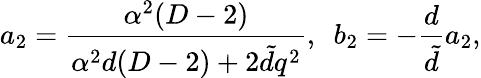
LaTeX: a_{2}=\frac{\alpha^{2}(D-2)}{\alpha^{2}d(D-2)+2\tilde{d}q^{2}},~~b_{2}=-\frac{d}{\tilde{d}}a_{2},